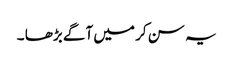
یہ سن کر میں آگے بڑھا ۔